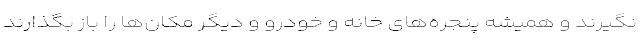
نگیرند و همیشه پنجره‌های خانه و خودرو و دیگر مکان‌ها را باز بگذارند